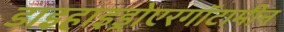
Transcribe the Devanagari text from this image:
डाइहाइड्रोएरगॉटामीन